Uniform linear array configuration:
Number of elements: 12
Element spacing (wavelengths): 0.75
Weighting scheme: cosine
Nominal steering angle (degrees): -45
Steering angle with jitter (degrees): -45.668
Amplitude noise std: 0.05
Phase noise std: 0.05

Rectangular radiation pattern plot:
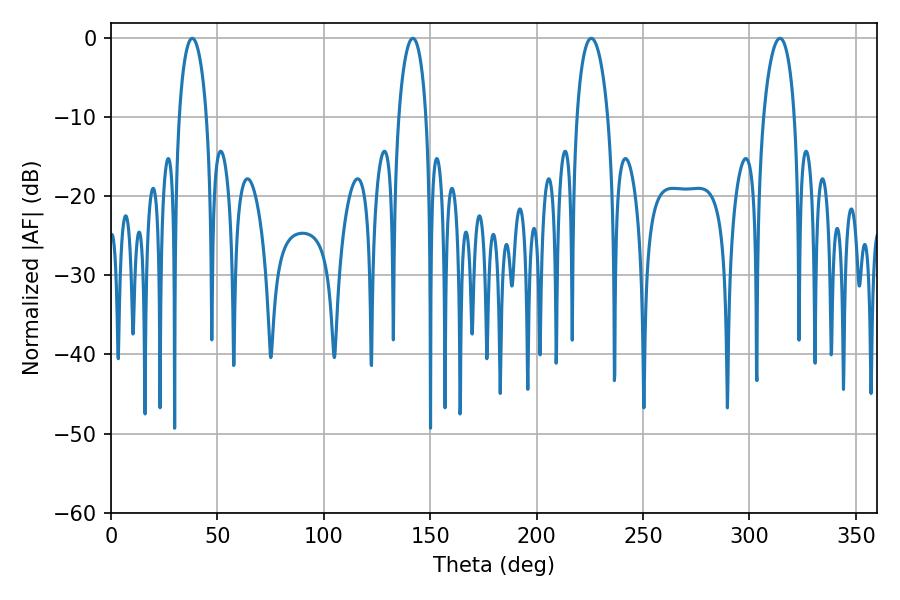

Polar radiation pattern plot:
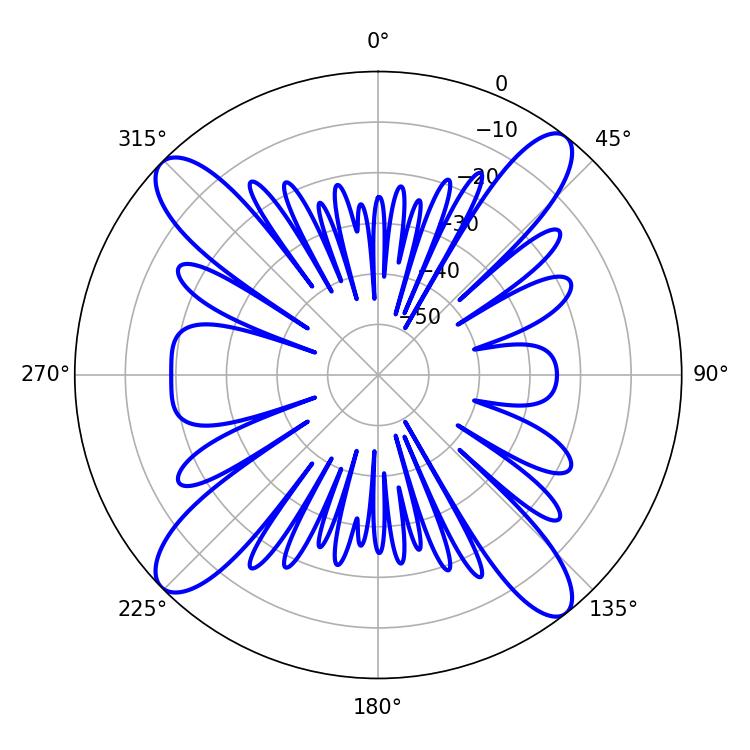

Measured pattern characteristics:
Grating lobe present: TRUE
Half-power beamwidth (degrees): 7.38
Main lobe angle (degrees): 38.16